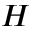
H